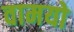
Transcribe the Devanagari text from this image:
वामयो